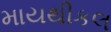
માયથીકલ